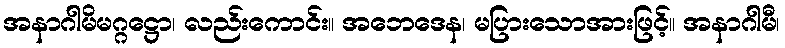
အနာဂါမိမဂ္ဂဋ္ဌော၊ လည်းကောင်း။ အဘေဒေန၊ မပြားသောအားဖြင့်။ အနာဂါမီ၊